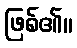
ဖြစ်၏။